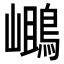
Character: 𪂓